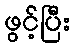
ဖွင့်ပြီး